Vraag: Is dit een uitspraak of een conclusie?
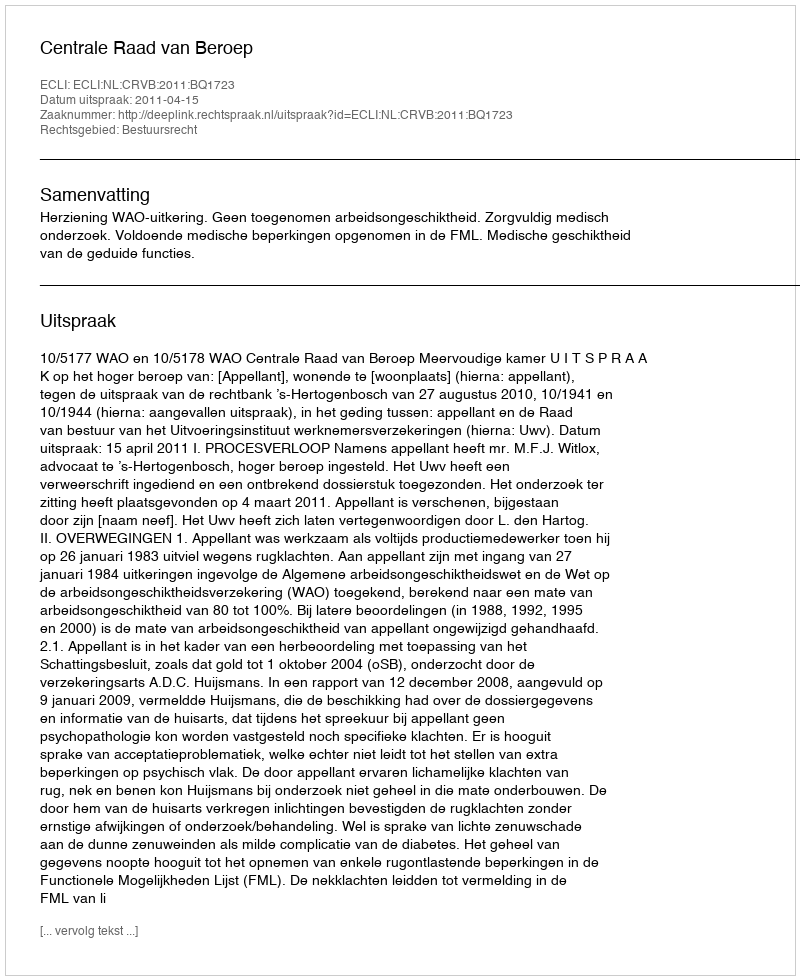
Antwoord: Uitspraak